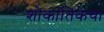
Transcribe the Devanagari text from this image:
शोकांतिकेचा